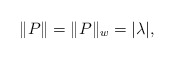
\begin{align*}\|P\|=\|P\|_w=|\lambda|,\end{align*}